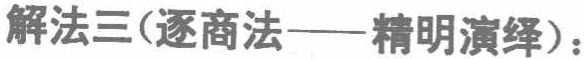
解法三(逐商法——精明演绎)：